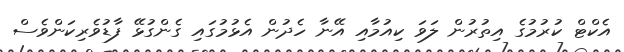
އެކްޓް ކުރުމުގެ އިތުރުން ލަވަ ކިއުމާއި އޭނާ ހެދުން އެޅުމުގައި ގެންގުޅޭ ފާޑުވެރިކަންވެސް